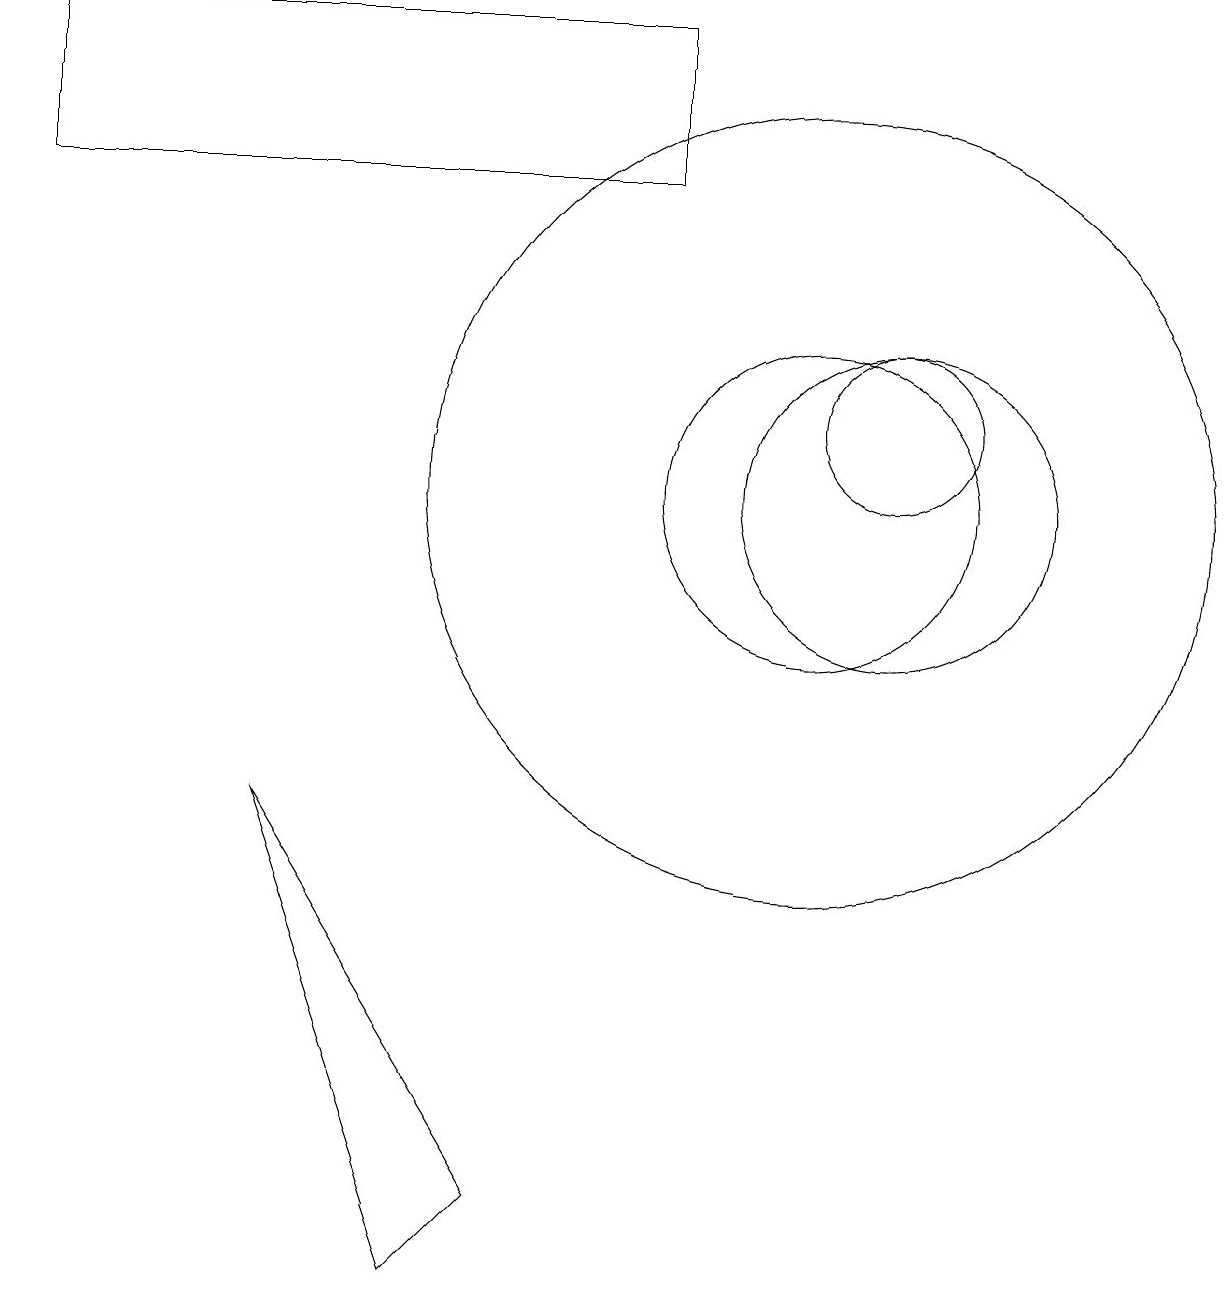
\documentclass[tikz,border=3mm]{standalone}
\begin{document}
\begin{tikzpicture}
\draw (5,1) -- (6,2) -- (3,7) -- cycle;
\draw (8,17) rectangle (0,15);
\draw (10,11) circle (5);
\draw (11,12) circle (1);
\draw (10,11) circle (2);
\draw (11,11) circle (2);
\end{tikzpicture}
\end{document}